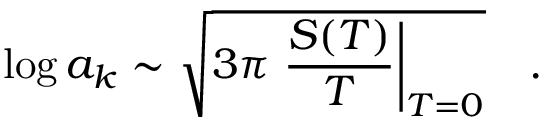
\log a _ { k } \sim \sqrt { 3 \pi \left. \frac { S ( T ) } { T } \right| _ { T = 0 } } \quad .